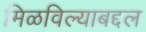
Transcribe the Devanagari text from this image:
मिळविल्याबद्दल